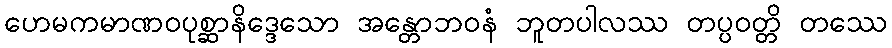
ဟေမကမာဏဝပုစ္ဆာနိဒ္ဒေသော အန္တောဘဝနံ ဘူတပါလဿ တပ္ပဝတ္တိ တဿေ